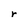
Character: r